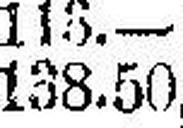
138.50